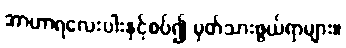
အာဟာရလေးပါးနှင့်စပ်၍ မှတ်သားဖွယ်ရာများ။